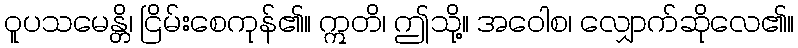
ဝူပသမေန္တိ၊ ငြိမ်းစေကုန်၏။ ဣတိ၊ ဤသို့။ အဝေါစ၊ လျှောက်ဆိုလေ၏။